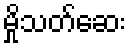
မှိုသတ်ဆေး